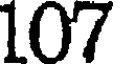
107